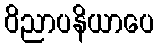
ဝိညာပနိယာပေ